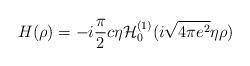
LaTeX: \begin{align*}H(\rho )=-i\frac{\pi }{2}c\eta {\cal H}_{0}^{(1)}(i\sqrt{4\pi e^{2}}\eta\rho ) \end{align*}